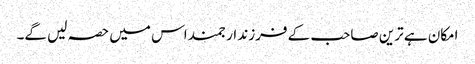
امکان ہے ترین صاحب کے فرزند ارجمند اس میں حصہ لیں گے۔